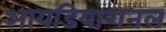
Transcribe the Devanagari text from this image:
आयडियाशनल